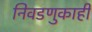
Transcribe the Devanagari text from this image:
निवडणुकाही